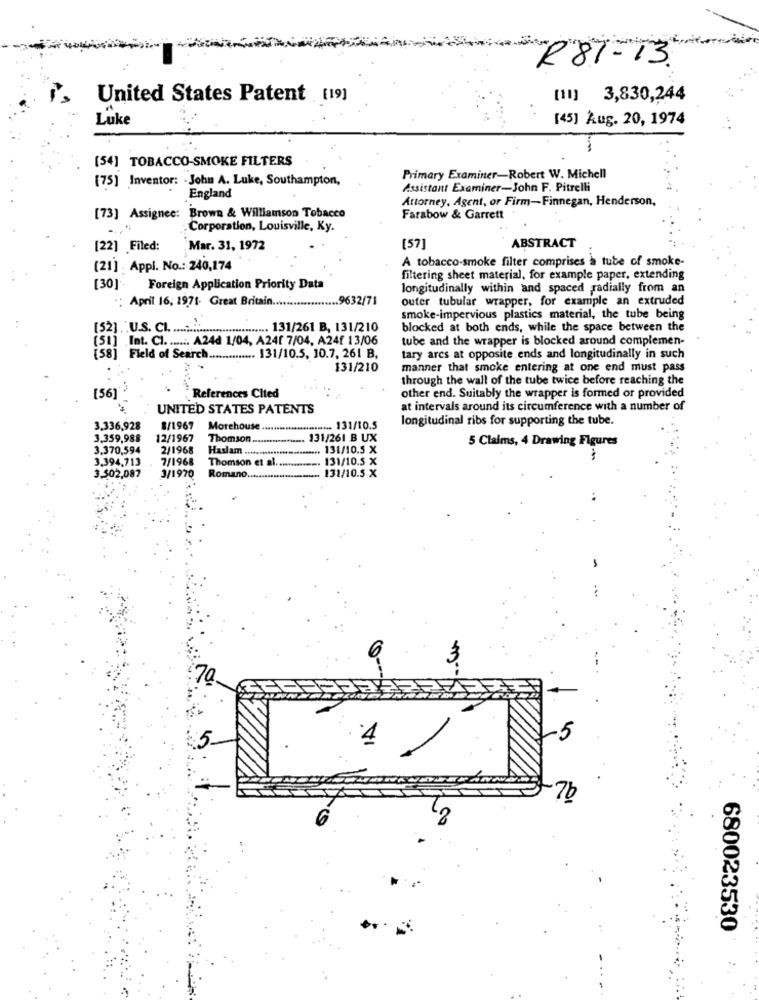
R81-13.
United States Patent (19)
[11] 3,830,244
Luke
[45] Aug. 20, 1974
[54] TOBACCO-SMOKE FILTERS
(75] Inventor: - John A. Luke, Southampton,
Primary Examiner-Robert W. Michell
Assistant Examiner-John F. Pitrelli
England
Attorney, Agent, or Firm-Finnegan, Henderson,
[73] Assignec: Brown & Williamson Tobacco
Farabow & Garrett
: Corporation, Louisville, Ky.
ABSTRACT
[22] Filed:
Mar. 31, 1972
[57]
A tobacco-smoke filter comprises a tube of smoke-
[21] . Appi. No .: 240,174
filtering sheet material, for example paper, extending
[30] ..
Foreign Application Priority Data
longitudinally within and spaced radially from an
: April 16, 1971- Great Britain ......
.... 9632/71
outer tubular wrapper, for example an extruded
smoke-impervious plastics material, the tube being
[52]. . U.S. Cl. ............................. 131/261 B, 131/210
blocked at both ends, while the space between the
(51] Int. Cl ....... A24d 1/04, A24/ 7/04, A24f 13/06
tube and the wrapper is blocked around complemen-
(58] Field of Search .............. 131/10.5, 10.7, 261 B.
tary arcs at opposite ends and longitudinally in such
131/210
manner that smoke entering at one end must pass
through the wall of the tube twice before reaching the
( 56]
"References Cited
other end. Suitably the wrapper is formed or provided
UNITED STATES PATENTS
at intervals around its circumference with a number of
longitudinal ribs for supporting the tube.
3.336,928
8/1967 Morehouse
....... 131/10.5
3.359,988
12/1967
Thomson.
....... 131/261 B UX
5 Claims, 4 Drawing Figures
3.370,594
2/1968
Haslam ......
... 131/10.5 X
3.394,713
7/1968
Thomson et al ..
131/10.5 X
3.502,087
3/1970
Romano .....
131/10.5 X
3,
A
5
7b
680023530